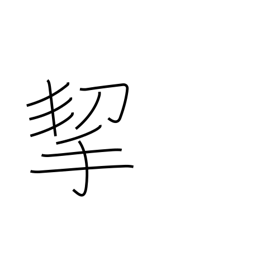
Meaning: carry by hand